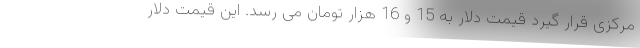
مرکزی قرار گیرد قیمت دلار به 15 و 16 هزار تومان می رسد. این قیمت دلار